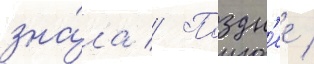
зна́ла // Поздн'ее /